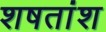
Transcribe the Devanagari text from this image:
शषतांश